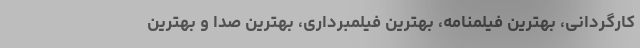
کارگردانی، بهترین فیلمنامه، بهترین فیلمبرداری، بهترین صدا و بهترین